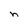
Character: n